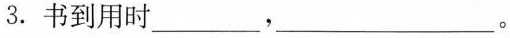
3.书到用时___，___。